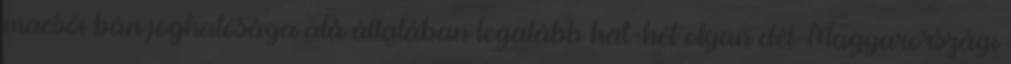
macsói bán joghatósága alá általában legalább hat-hét olyan dél-Magyarországi